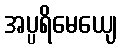
အပ္ပရိမေယျေ